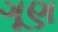
ગૂણ